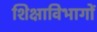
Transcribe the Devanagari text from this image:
शिक्षाविभागों